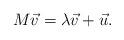
LaTeX: \begin{align*}M\vec v = \lambda \vec v + \vec u.\end{align*}